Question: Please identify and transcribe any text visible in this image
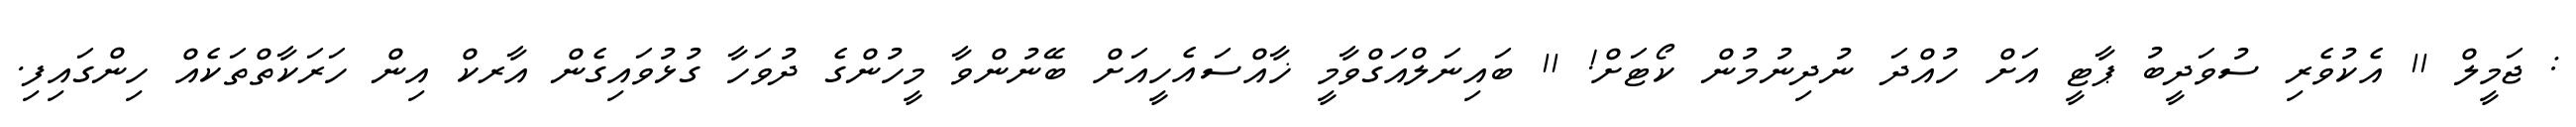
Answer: : ޖަމީލް 11 އެކުވެރި ސުވަދީބު ޕާޓީ އަށް ހުއްދަ ނުދިނުމުން ކޯޓަށް! 11 ބައިނަލްއަގްވާމީ ޚާއްސައެހީއަށް ބޭނުންވާ މީހުންގެ ދުވަހާ ގުޅުވައިގެން އާރކް އިން ހަރަކާތްތަކެއް ހިންގައިފި.